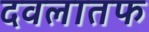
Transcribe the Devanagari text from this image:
दवलातफ